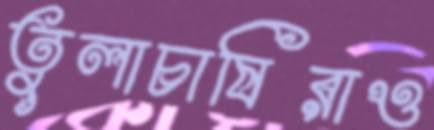
তুলাচাষিরাও